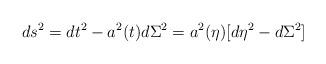
LaTeX: \begin{align*}ds^2= dt^2 - a^2(t) d \Sigma^2 = a^2(\eta) [d \eta^2 - d\Sigma^2]\end{align*}